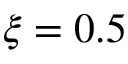
\xi = 0 . 5